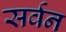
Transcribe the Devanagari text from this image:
सर्वन